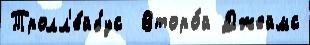
Тролл'е́йбус  Второ́й Джеймс